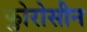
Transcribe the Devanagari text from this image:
फ्लोरोसीन